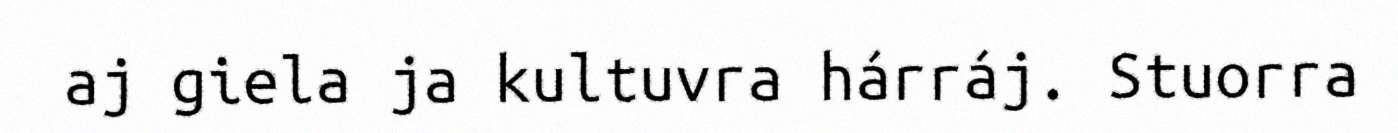
aj giela ja kultuvra hárráj. Stuorra